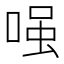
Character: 𠷣